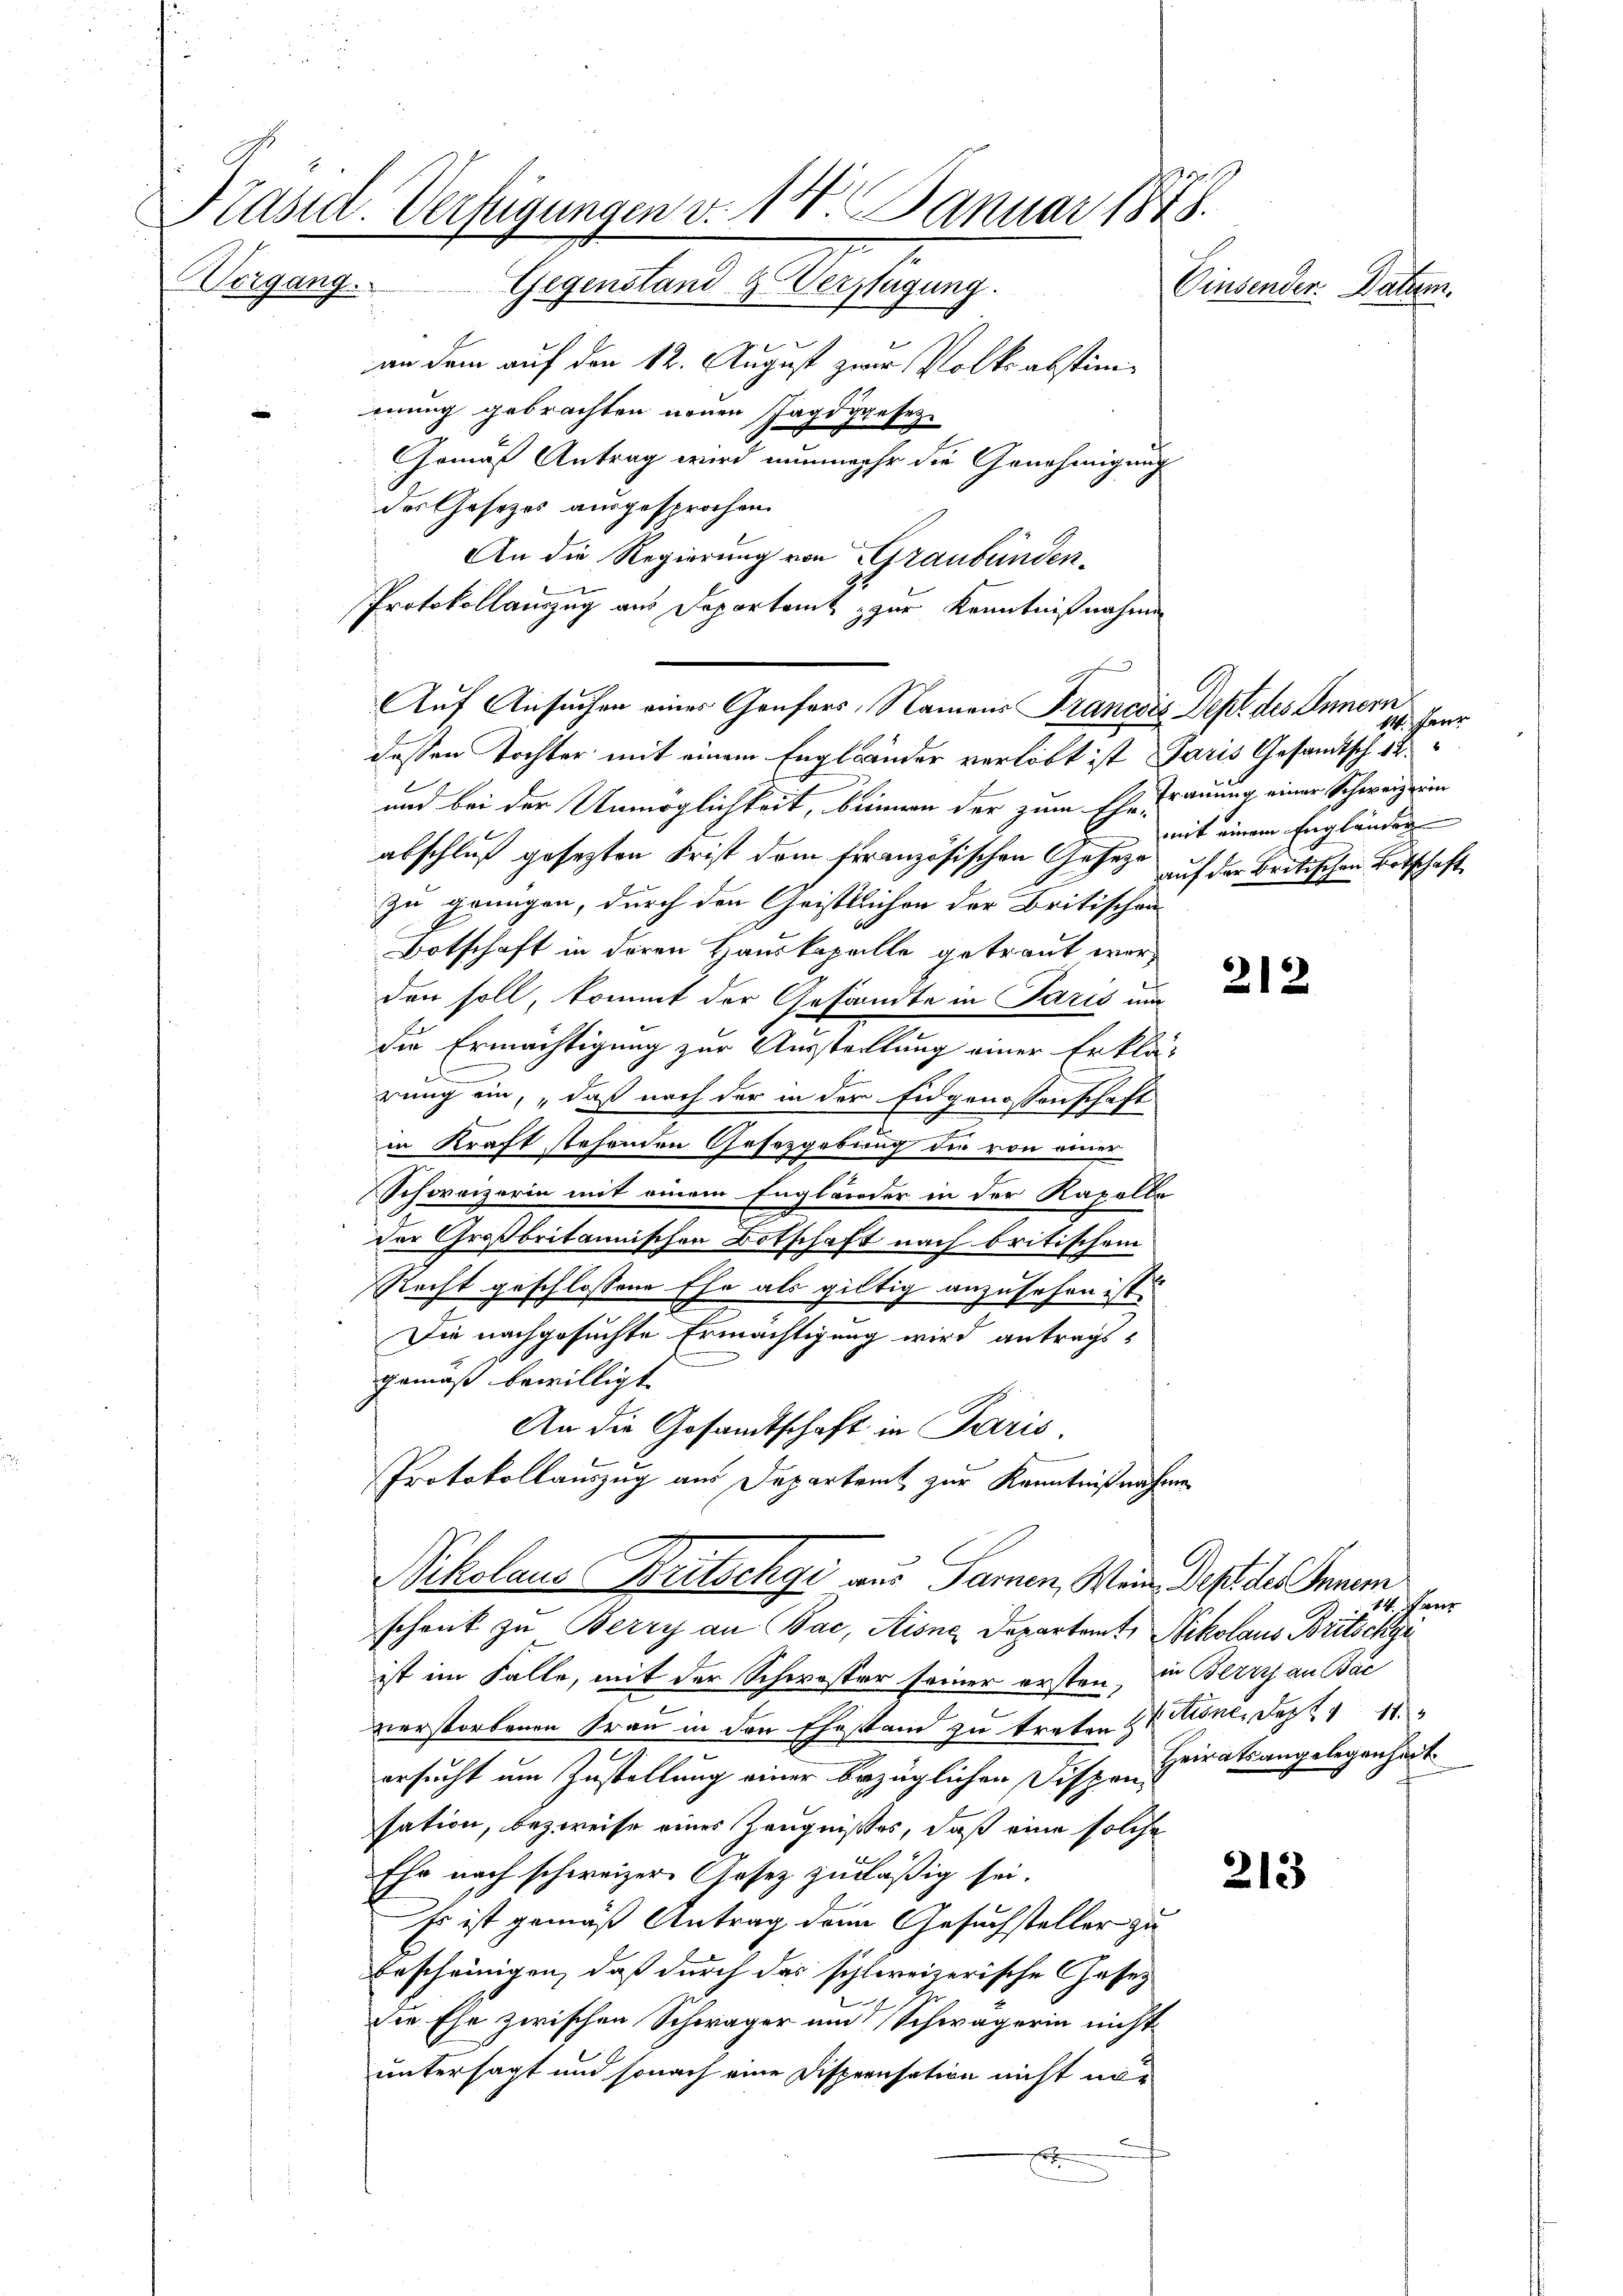
Präsid. Verfügungen v. 14 Januar 1848.
e
organg.
Gegenstand & Verfügung.
Einsender: Datum.

an dem auf den 12. August zwar Volksabstimeiung gebrachten neuen Jagdgesez¬
Gemäß Antrag wird nunmehr die Genehmigung
des Gesetzes ausgesprochen.
An die Regierung von Graubündenb
Protokollauszug aus Departamt zur Kenntnißnahmen
dessen Tochter mit einem Engländer verlobt ist Paris Gesandtsch 14.
und bei der Unmöglichkeit, binnen der zum Ehe Trauung einer Schweiz ein
abschluß gesezten Frist dem französischen Gesetze auf der Britischen Botschaft
zu grungen, durch den Geistlichen der Britischen
Botschaft in deren Hauskapelle getraut werden soll, kommt der Gesandte in Paris um
die Ermächtigung zur Ausstellung einer Erklär
rung ein, daß nach der in der Eidgenossenschaft
in Kraft stehenden Gesetzgebung die von einer
Schweizerin mit einem Engländer in der Kapelle
der Großbritannischen Botschaft nach britischem
Recht geschlossene Ehe als gültig anzusehen ist.
Die nachgesuchte Ermächtigung wird antragsgemäß bewilligt.
An die Gesandtschaft in Paris
Protokollauszug aus Departamt zur Kenntnißnahme
Nikolaus Britschgi aus Samen, Wein Desides Innem
schenk zu Berry an (Vac, Aisne Departamt, Nikolaus Britschyr
ist im Falle, mit der Schwester seiner ersten, in Betris an Bac
verstorbenen Frau in den Ehestand zu traten 3 tione. Sept. 111
ersucht um Zustellung einer bezüglichen Dispen Heiratsangelegenheit
sation, bezweife eines Zeugnißes, daß eine solche
Ehr nach schweizer Gesetz zuläßig sei.
Es ist gemäß Antrag dem Gesuchsteller zu
bescheinigen, daß durch das schweizerische Gesez
die Ehe zwischen Schwäger und Schwägerin nicht
untersagt und sonach eine Dispensation nicht nur
x

Auf Ansuchen einer Genfers, Namens Francois Dept des Innern

14. Janr
mit einem Engländer

212

14. Janr
f

213